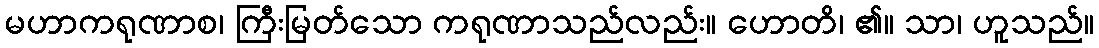
မဟာကရုဏာစ၊ ကြီးမြတ်သော ကရုဏာသည်လည်း။ ဟောတိ၊ ၏။ သာ၊ ဟူသည်။